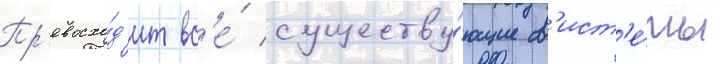
Пр'евосхо́д'ит вс'е́ существу́ющие с'ист'е́мы